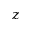
z